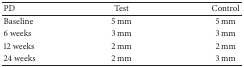
<table><thead><tr><td><b>PD</b></td><td><b>Test</b></td><td><b>Control</b></td></tr></thead><tbody><tr><td>Baseline</td><td>5 mm</td><td>5 mm</td></tr><tr><td>6 weeks</td><td>3 mm</td><td>3 mm</td></tr><tr><td>12 weeks</td><td>2 mm</td><td>2 mm</td></tr><tr><td>24 weeks</td><td>2 mm</td><td>3 mm</td></tr></tbody></table>